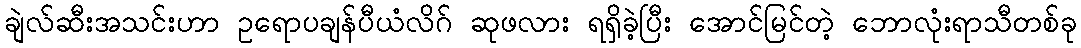
ချဲလ်ဆီးအသင်းဟာ ဥရောပချန်ပီယံလိဂ် ဆုဖလား ရရှိခဲ့ပြီး အောင်မြင်တဲ့ ဘောလုံးရာသီတစ်ခု